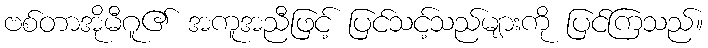
ဗစ်တာအိုမီဂူ၏ အကူအညီဖြင့် ပြင်သင့်သည်များကို ပြင်ကြသည်။